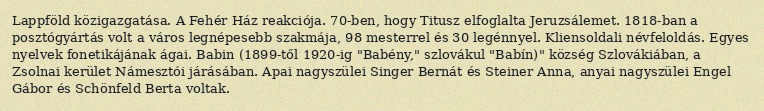
Lappföld közigazgatása. A Fehér Ház reakciója. 70-ben, hogy Titusz elfoglalta Jeruzsálemet. 1818-ban a posztógyártás volt a város legnépesebb szakmája, 98 mesterrel és 30 legénnyel. Kliensoldali névfeloldás. Egyes nyelvek fonetikájának ágai. Babin (1899-től 1920-ig "Babény," szlovákul "Babín)" község Szlovákiában, a Zsolnai kerület Námesztói járásában. Apai nagyszülei Singer Bernát és Steiner Anna, anyai nagyszülei Engel Gábor és Schönfeld Berta voltak.